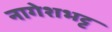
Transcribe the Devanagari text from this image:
नागेशभट्ट